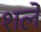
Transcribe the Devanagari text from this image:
शले